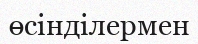
өсінділермен